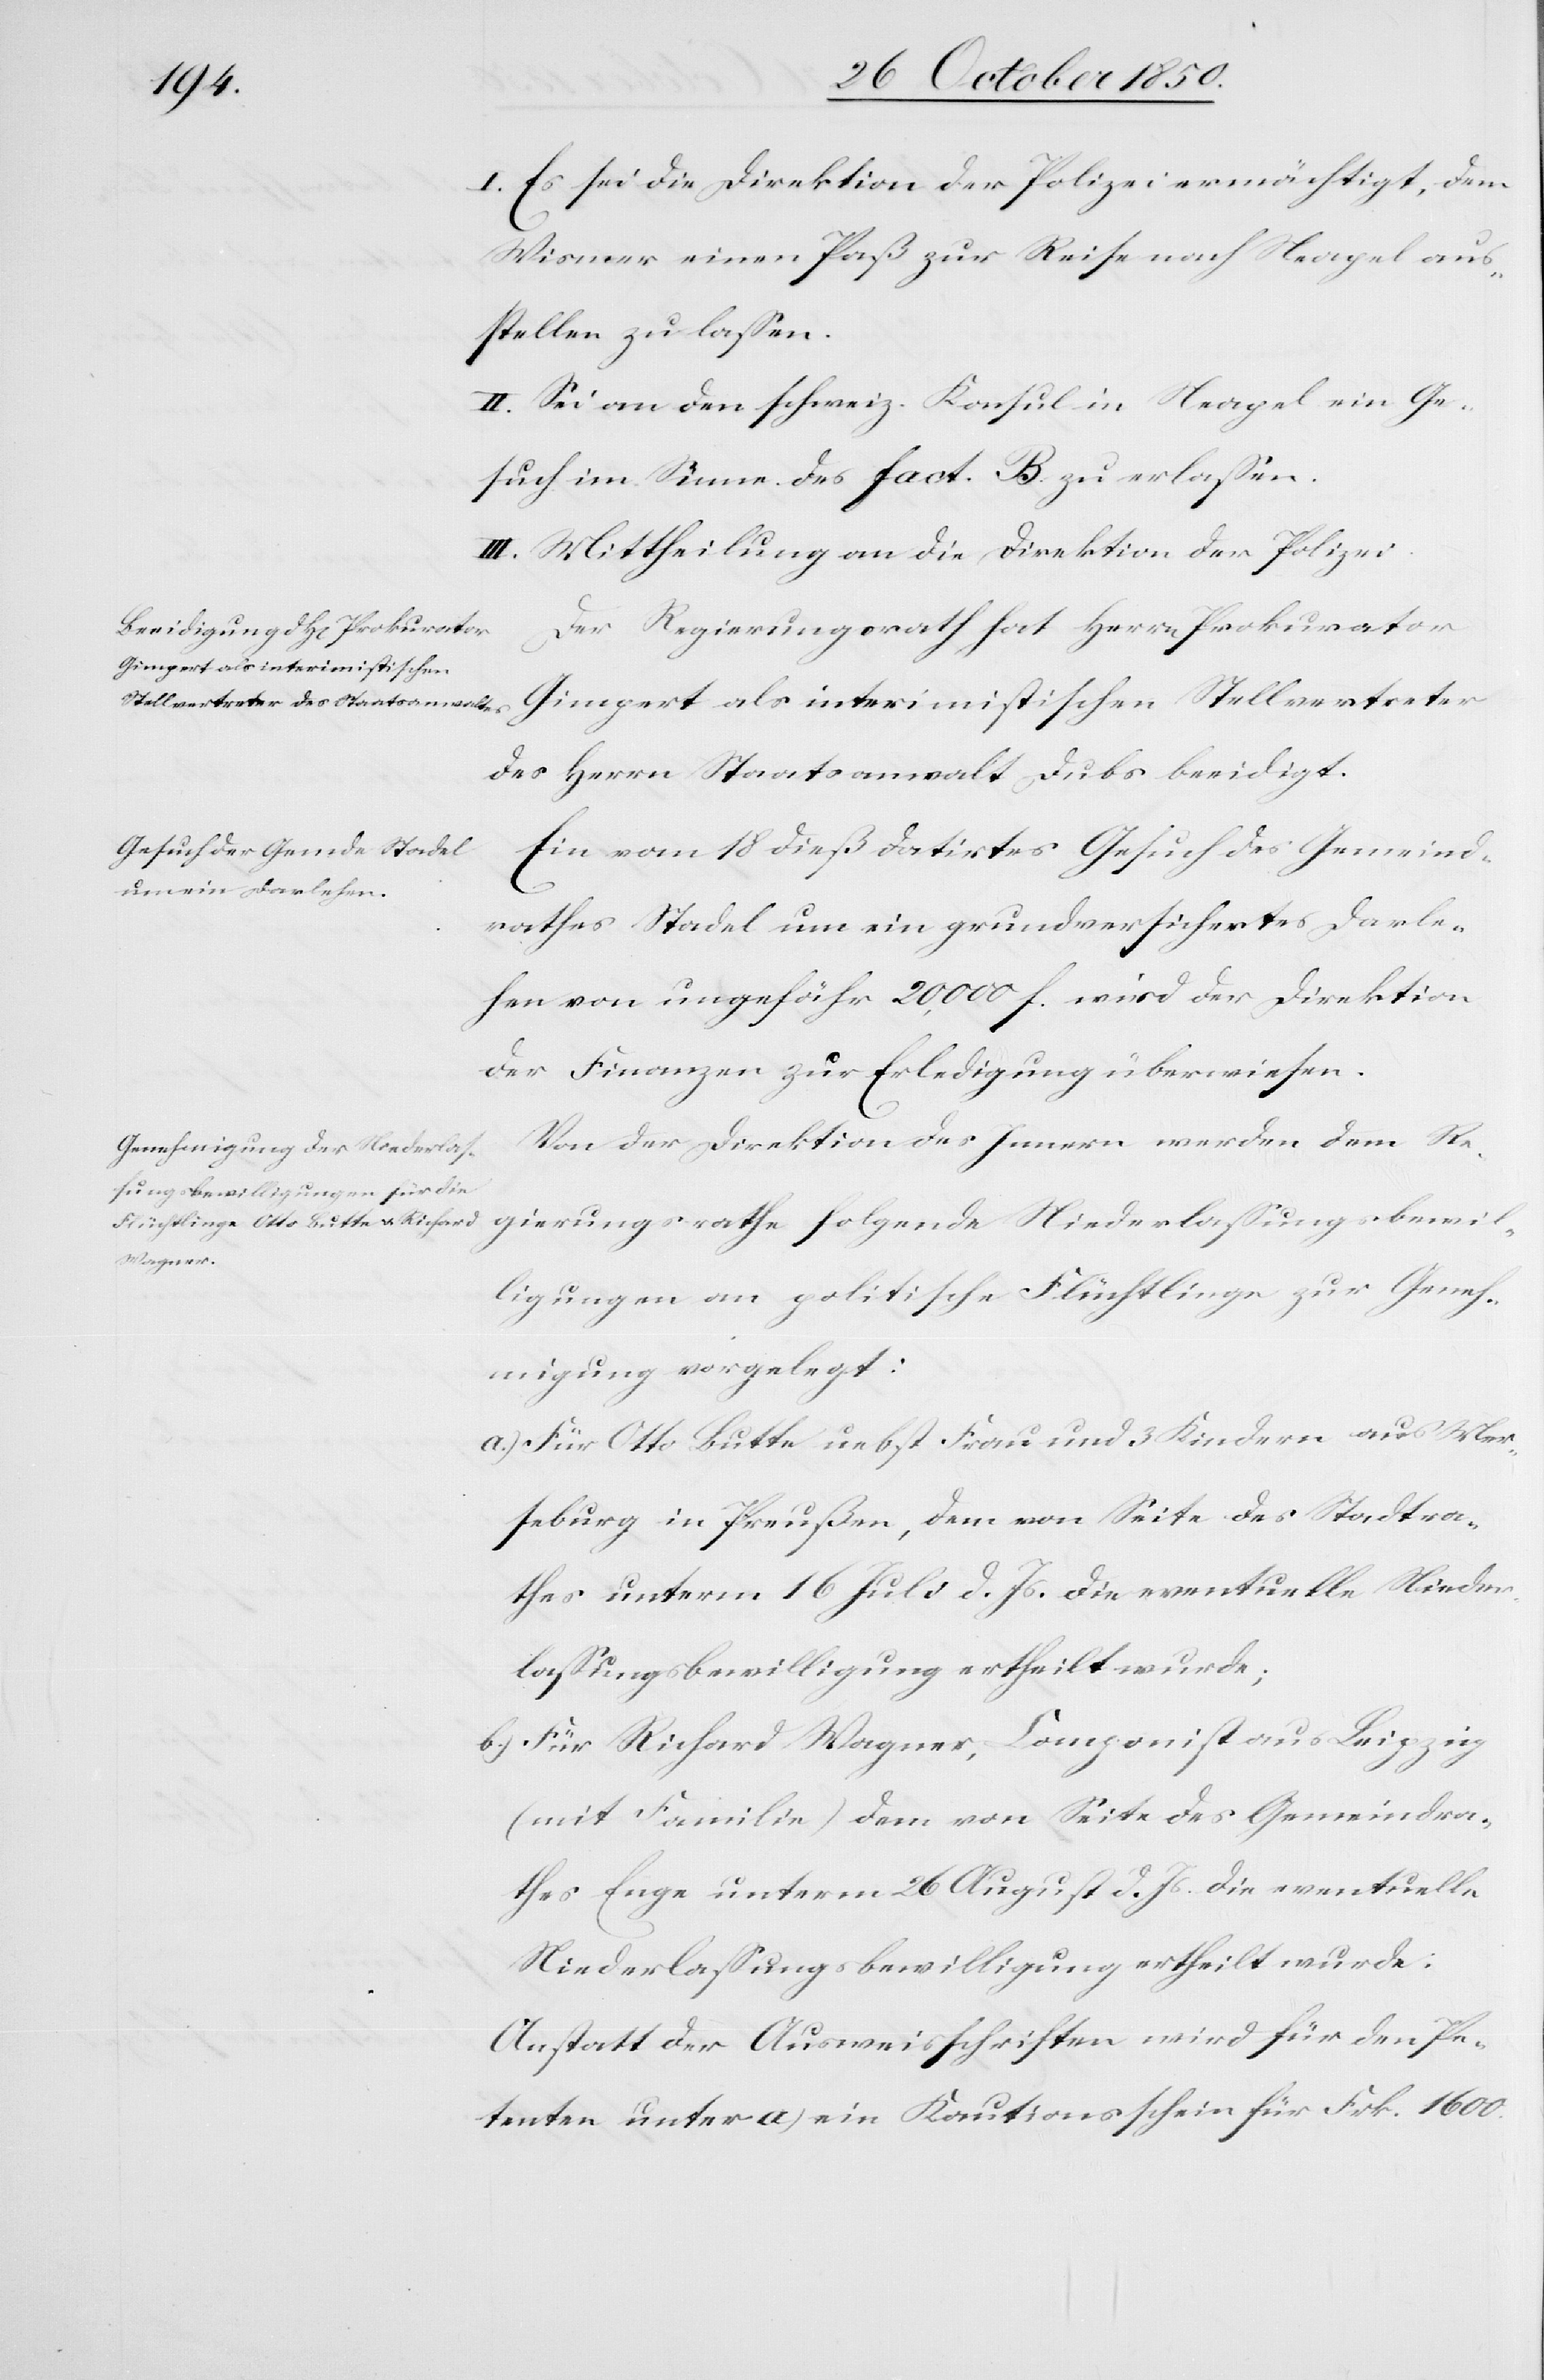
I. Es sei die Direktion der Polizei ermächtigt, dem
Wismer einen Paß zur Reise nach Neapel aus¬
stellen zu lassen.
II. Sei an den schweiz. Konsul in Neapel ein Ge¬
such im Sinne des fact. B. zu erlassen.
III. Mittheilung an die Direktion der Polizei.
Der Regierungsrath hat Herrn Prokurator
Gimpert als interimistischen Stellvertreter
des Herrn Staatsanwalt Dubs beeidigt.
Ein vom 18 dieß datirtes Gesuch des Gemeind¬
rathes Stadel um ein grundversichertes Darle¬
hen von ungefähr 20,000 f. wird der Direktion
der Finanzen zur Erledigung überwiesen.
Von der Direktion des Innern werden dem Re¬
gierungsrathe folgende Niederlassungsbewil¬
ligungen an politische Flüchtlinge zur Geneh¬
migung vorgelegt:
a.) Für Otto Butte nebst Frau und 3 Kindern aus Mer¬
seburg in Preußen, dem von Seite des Stadtra¬
thes unterm 16 Juli d. Js. die eventuelle Nieder¬
lassungsbewilligung ertheilt wurde;
b.) Für Richard Wagner, Componist aus Leipzig
(mit Familie) dem von Seite des Gemeindra¬
thes Enge unterm 26 August d. Js. die eventuelle
Niederlassungsbewilligung ertheilt wurde:
Anstatt der Ausweisschriften wird für den Pe¬
tenten unter a) ein Kautionsschein für Frk. 1600